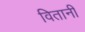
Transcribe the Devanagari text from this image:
वितानी